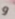
و